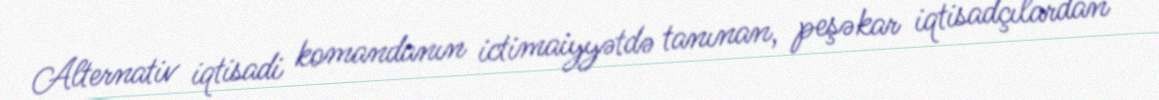
Alternativ iqtisadi komandanın ictimaiyyətdə tanınan, peşəkar iqtisadçılardan